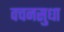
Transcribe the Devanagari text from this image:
वचनसुधा